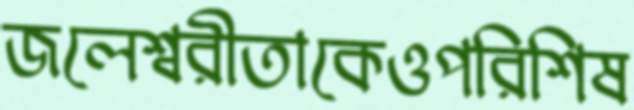
জলেশ্বরীতাকেওপরিশিষ